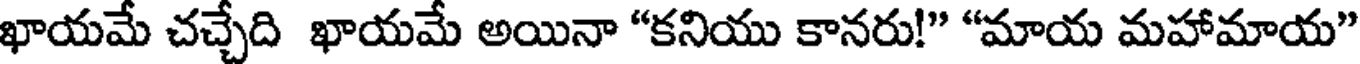
ఖాయమే చచ్చేది ఖాయమే అయినా "కనియు కానరు!" "మాయ మహామాయ"